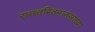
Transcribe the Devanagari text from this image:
रामचरितमानसाच्या